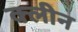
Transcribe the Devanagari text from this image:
क्‍लीन